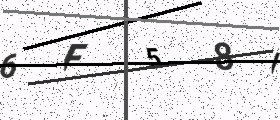
Text: 6F58I